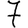
Digit: 7